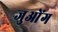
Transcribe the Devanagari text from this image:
जुओंग